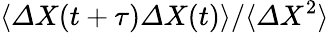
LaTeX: \langle{\mit\Delta}X(t+\tau){\mit\Delta}X(t)\rangle/\langle{\mit\Delta}X^{2}\rangle